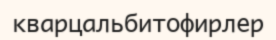
кварцальбитофирлер